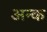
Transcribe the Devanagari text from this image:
अन्क